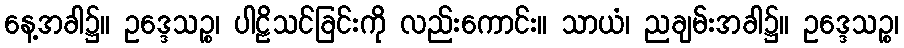
နေ့အခါ၌။ ဥဒ္ဒေသဉ္စ၊ ပါဠိသင်ခြင်းကို လည်းကောင်း။ သာယံ၊ ညချမ်းအခါ၌။ ဥဒ္ဒေသဉ္စ၊